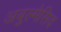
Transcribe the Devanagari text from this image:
अबुल्मेसिद